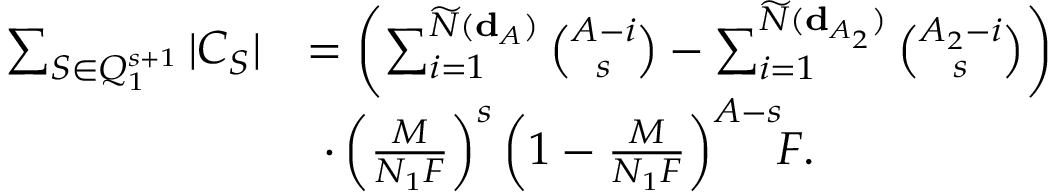
\begin{array} { r l } { \sum _ { { \cal S } \in { \cal Q } _ { 1 } ^ { s + 1 } } | { \cal C } _ { \cal S } | } & { = \left( \sum _ { i = 1 } ^ { \widetilde N ( { \bf d } _ { \cal A } ) } \binom { A - i } { s } - \sum _ { i = 1 } ^ { \widetilde N ( { \bf d } _ { { \cal A } _ { 2 } } ) } \binom { A _ { 2 } - i } { s } \right) } \\ & { \ \cdot \left( \frac { M } { N _ { 1 } F } \right) ^ { s } \left( 1 - \frac { M } { N _ { 1 } F } \right) ^ { A - s } \! \! F . } \end{array}